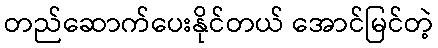
တည်ဆောက်ပေးနိုင်တယ် အောင်မြင်တဲ့